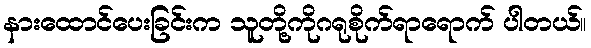
နားထောင်ပေးခြင်းက သူတို့ကိုဂရုစိုက်ရာရောက် ပါတယ်။